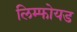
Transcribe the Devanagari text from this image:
लिम्फोयड